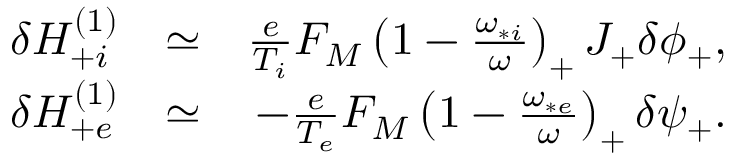
\begin{array} { r l r } { \delta H _ { + i } ^ { ( 1 ) } } & { \simeq } & { \frac { e } { T _ { i } } F _ { M } \left( 1 - \frac { \omega _ { * i } } { \omega } \right) _ { + } J _ { + } \delta \phi _ { + } , } \\ { \delta H _ { + e } ^ { ( 1 ) } } & { \simeq } & { - \frac { e } { T _ { e } } F _ { M } \left( 1 - \frac { \omega _ { * e } } { \omega } \right) _ { + } \delta \psi _ { + } . } \end{array}